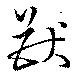
猷